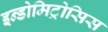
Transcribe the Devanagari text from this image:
इन्डोमिट्रोसिस